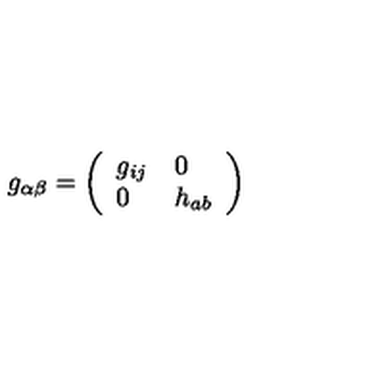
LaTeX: g _ { \alpha \beta } = \left( \begin{array} { l l } { g _ { i j } } & { 0 } \\ { 0 } & { h _ { a b } } \\ \end{array} \right)